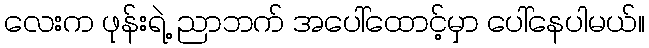
လေးက ဖုန်းရဲ့ ညာဘက် အပေါ်ထောင့်မှာ ပေါ်နေပါမယ်။